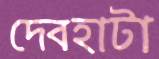
দেবহাটা